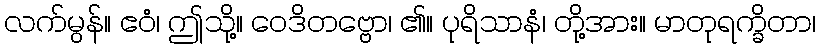
လက်မွန်။ ဧဝံ၊ ဤသို့။ ဝေဒိတဗ္ဗော၊ ၏။ ပုရိသာနံ၊ တို့အား။ မာတုရက္ခိတာ၊